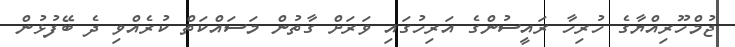
ޖުމްހޫރިއްޔާގެ ހުރިހާ ރައީސުންގެ އަރިހުގައި ވަރަށް ގާތުން މަސައްކަތް ކުރެއްވި ދެ ބޭފުޅުން